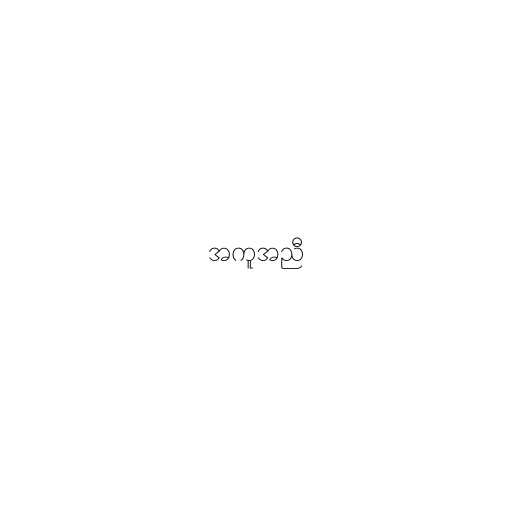
အကူအညီ